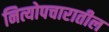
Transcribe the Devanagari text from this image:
नित्योपचारातील